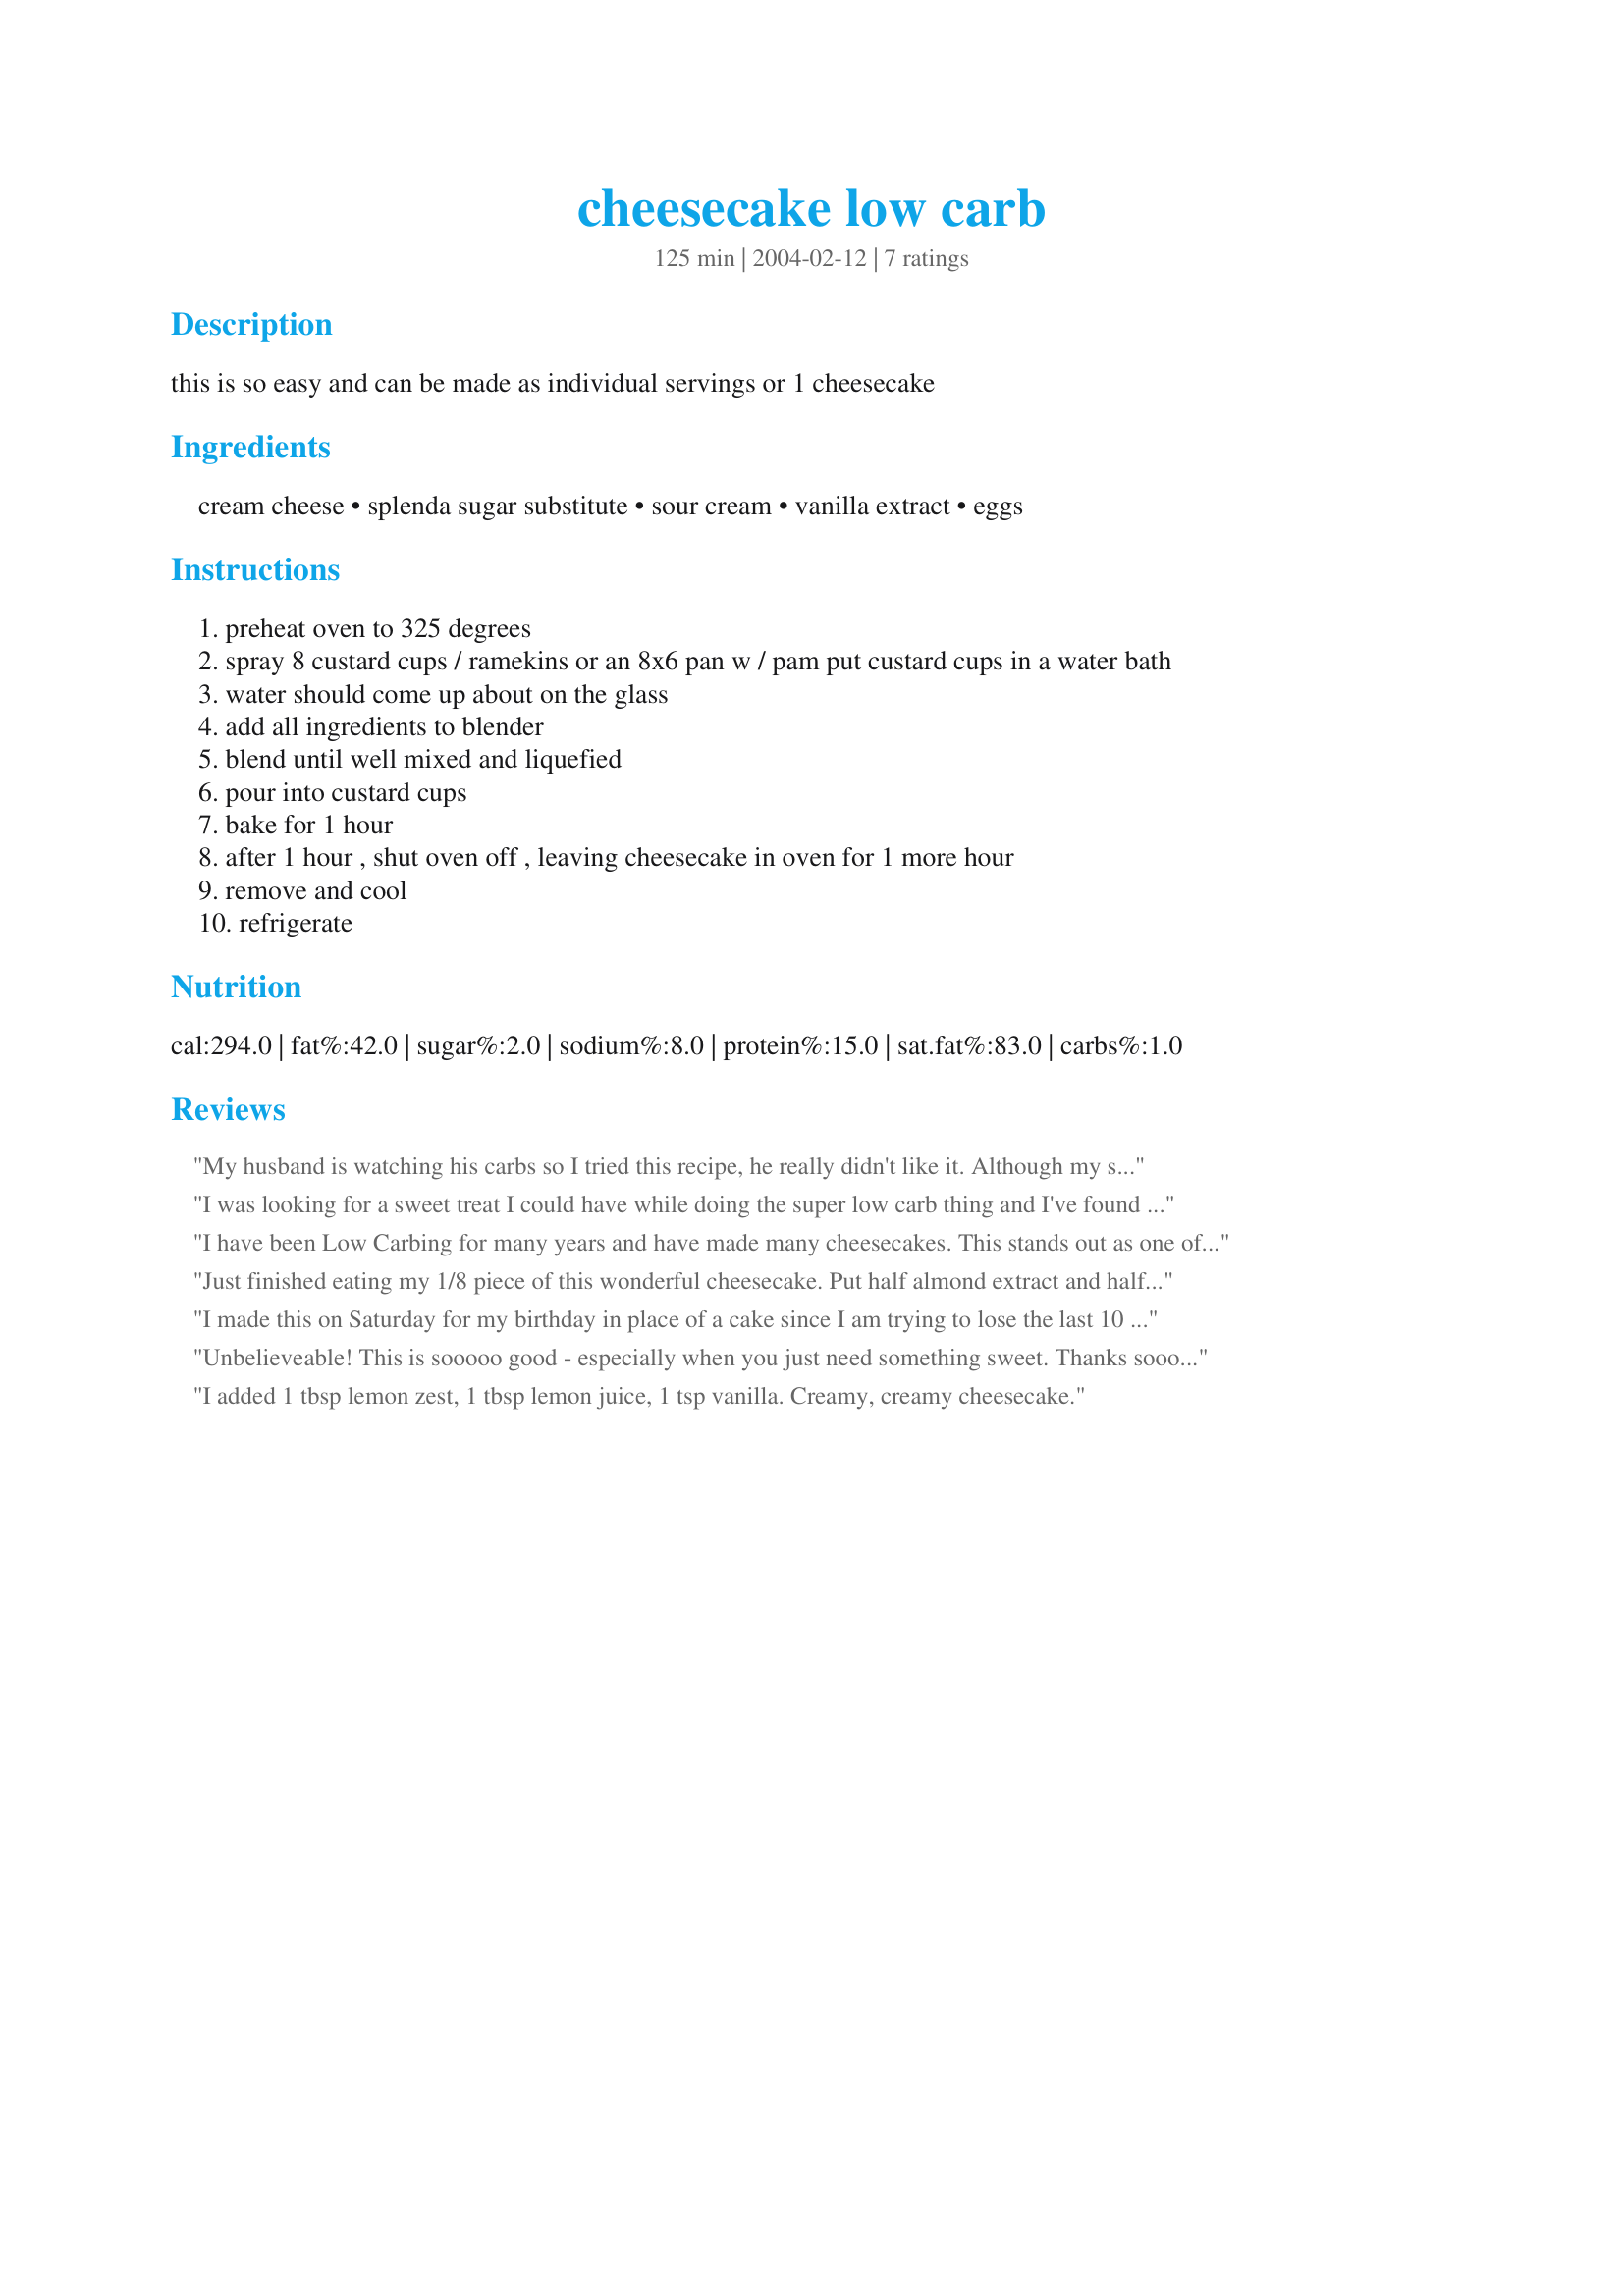
cheesecake low carb
Preparation time: 125 minutes

this is so easy and can be made as individual servings or 1 cheesecake

Ingredients:
cream cheese, splenda sugar substitute, sour cream, vanilla extract, eggs

Steps:
preheat oven to 325 degrees
spray 8 custard cups / ramekins or an 8x6 pan w / pam put custard cups in a water bath
water should come up about on the glass
add all ingredients to blender
blend until well mixed and liquefied
pour into custard cups
bake for 1 hour
after 1 hour , shut oven off , leaving cheesecake in oven for 1 more hour
remove and cool
refrigerate

Reviews:
My husband is watching his carbs so I tried this recipe, he really didn't like it. Although my sister-in-law said it was good
I was looking for a sweet treat I could have while doing the super low carb thing and I've found it! I used a bit less of the splenda than called for and the taste was still strong and it was plenty sweet - next time, I'll probably only use half the sweetener. Thanks for posting!
I have been Low Carbing for many years and have made many cheesecakes. This stands out as one of the best. I made it in ramekins and took it to work for breakfast. Cheesecake for breakfast?? One of the perks of doing Low Carb.

I used a mixer instead of a blender and added some lemon extract. I was in a hurry so I didn't even wait for the cheesecake to cool in the oven and it still turned out perfect.

Very tasty!
Just finished eating my 1/8 piece of this wonderful cheesecake. Put half almond extract and half vanilla. Blended it in the stand mixer creamed up well. Only used 1/2 c splenda and was plenty sweet enough. The BF loved it too, although he is not doing low-carb so I made a quick raspberry sauce with frozen raspberries and sugar and nutmeg. He loved it too! Just stopped short of licking the plate. Can't believe it is not cheating on my South Beach! Thank you Lv2Sun!
I made this on Saturday for my birthday in place of a cake since I am trying to lose the last 10 lbs after having a baby....I am sorry but it was not that good. It tasted like pure cream cheese. I think I will try making it again but add in lots of cinnamon and maybe some all spice to cover up the cheese flavor.
Unbelieveable! This is sooooo good - especially when you just need something sweet. Thanks soooo much! We love it!
I added 1 tbsp lemon zest, 1 tbsp lemon juice, 1 tsp vanilla. Creamy, creamy cheesecake.
